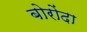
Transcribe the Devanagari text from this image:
बोरोंदा